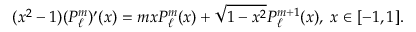
( x ^ { 2 } - 1 ) ( P _ { \ell } ^ { m } ) ^ { \prime } ( x ) = m x P _ { \ell } ^ { m } ( x ) + \sqrt { 1 - x ^ { 2 } } P _ { \ell } ^ { m + 1 } ( x ) , \; x \in [ - 1 , 1 ] .